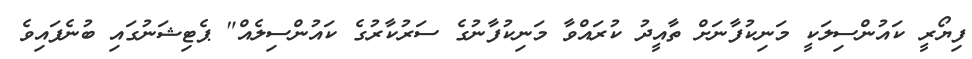
ފިޔޯރީ ކައުންސިލަކީ މަނިކުފާނަށް ތާއީދު ކުރައްވާ މަނިކުފާނުގެ ސަރުކާރުގެ ކައުންސިލެއް" ޕެޓިޝަނުގައި ބުނެފައިވެ